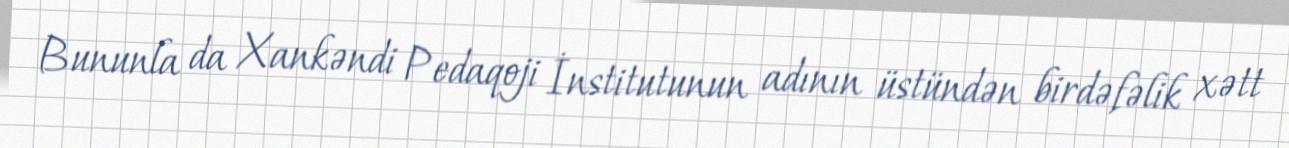
Bununla da Xankəndi Pedaqoji İnstitutunun adının üstündən birdəfəlik xətt